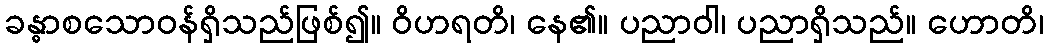
ခန္ဓာစသောဝန်ရှိသည်ဖြစ်၍။ ဝိဟရတိ၊ နေ၏။ ပညာဝါ၊ ပညာရှိသည်။ ဟောတိ၊